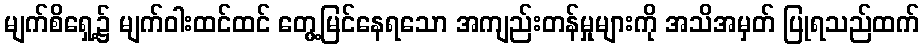
မျက်စိရှေ့၌ မျက်ဝါးထင်ထင် တွေ့မြင်နေရသော အကျည်းတန်မှုများကို အသိအမှတ် ပြုရသည်ထက်